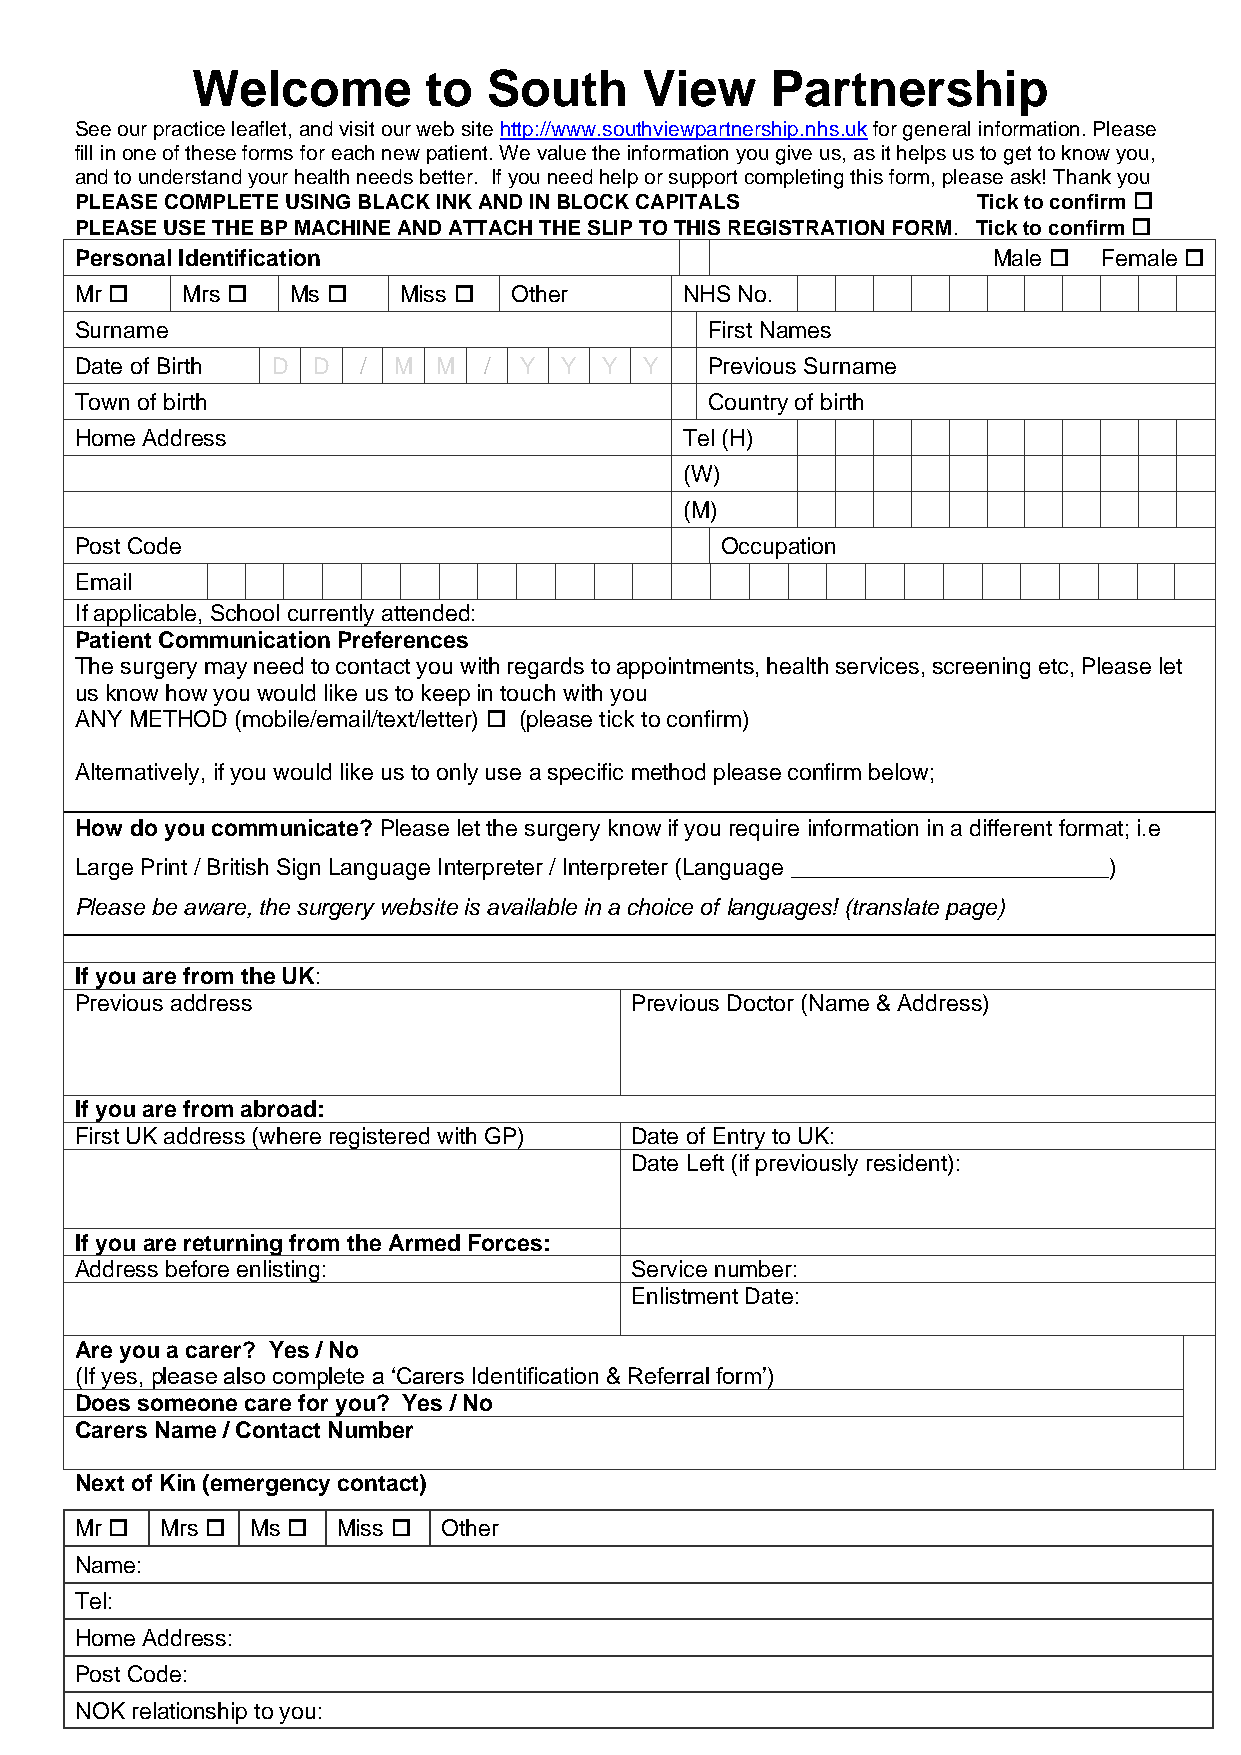
Welcome        to  South      View    Partnership
 See our practice leaflet, and visit our web site http://www.southviewpartnership.nhs.uk for general information. Please
 fill in one of these forms for each new patient. We value the information you give us, as it helps us to get to know you,
 and to understand your health needs better. If you need help or support completing this form, please ask! Thank you
 PLEASE COMPLETE USING BLACK INK AND IN BLOCK CAPITALS       Tick to confirm 
 PLEASE USE THE BP MACHINE AND ATTACH THE SLIP TO THIS REGISTRATION FORM. Tick to confirm 
 Personal Identification                                      Male  Female 
 Mr    Mrs   Ms    Miss   Other      NHS No.
 Surname                                   First Names
 Date of Birth D D  / M  M  / Y  Y  Y  Y   Previous Surname
 Town of birth                             Country of birth
 Home Address                            Tel (H)
 (W)
 (M)
 Post Code                                  Occupation
 Email
 If applicable, School currently attended:
 Patient Communication Preferences
 The surgery may need to contact you with regards to appointments, health services, screening etc, Please let
 us know how you would like us to keep in touch with you
 ANY METHOD (mobile/email/text/letter)  (please tick to confirm)
 Alternatively, if you would like us to only use a specific method please confirm below;
 How do you communicate? Please let the surgery know if you require information in a different format; i.e
 Large Print / British Sign Language Interpreter / Interpreter (Language _________________________)
 Please be aware, the surgery website is available in a choice of languages! (translate page)
 If you are from the UK:
 Previous address                     Previous Doctor (Name & Address)
 If you are from abroad:
 First UK address (where registered with GP) Date of Entry to UK:
 Date Left (if previously resident):
 If you are returning from the Armed Forces:
 Address before enlisting:            Service number:
 Enlistment Date:
 Are you a carer? Yes / No
 (If yes, please also complete a ‘Carers Identification & Referral form’)
 Does someone care for you? Yes / No
 Carers Name / Contact Number
 Next of Kin (emergency contact)
 Mr   Mrs  Ms  Miss  Other
 Name:
 Tel:
 Home Address:
 Post Code:
 NOK relationship to you: